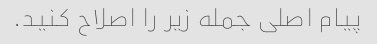
پیام اصلی جمله زیر را اصلاح کنید.